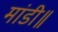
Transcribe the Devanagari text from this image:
मांडी॥